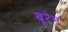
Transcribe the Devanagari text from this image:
बूरेन